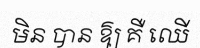
មិន បាន ឱ្យ គឺ ឈើ